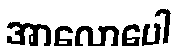
အာလောပေါ